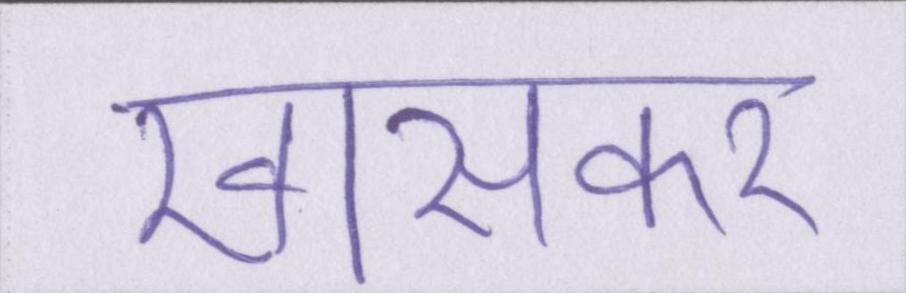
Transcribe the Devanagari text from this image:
खासकर